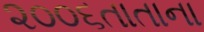
૨૦૦૬તાતાના